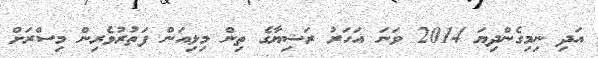
އަދި ނިމިގެންދިޔަ 2014 ވަނަ އަހަރު ރަޝިޔާގެ ތިން މިލިއަން ފަތުރުވެރިން މިސްރަށް